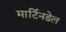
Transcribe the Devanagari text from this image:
मार्टिनडेल